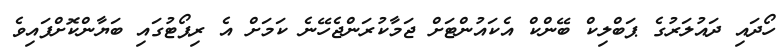
ހޯދައި ދައުލަރުގެ ޕަބްލިކް ބޭންކް އެކައުންޓަށް ޖަމާކުރަންޖެހޭނެ ކަމަށް އެ ރިޕޯޓުގައި ބަޔާންކޮށްފައިވެ